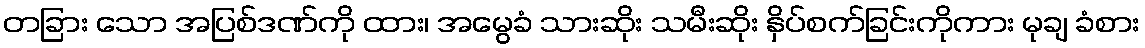
တခြား သော အပြစ်ဒဏ်ကို ထား၊ အမွေခံ သားဆိုး သမီးဆိုး နှိပ်စက်ခြင်းကိုကား မုချ ခံစား